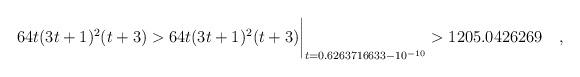
LaTeX: \begin{align*} 64t(3t+1)^2(t+3) > 64t(3t+1)^2(t+3)\biggr\rvert_{t=0.6263716633 - 10^{-10}} > 1205.0426269\quad , \end{align*}